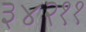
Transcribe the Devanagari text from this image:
३४२११